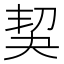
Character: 𠜵